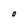
Character: O